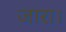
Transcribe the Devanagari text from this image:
जारा।